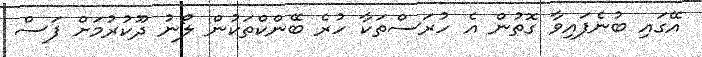
އޭގައި ބުނެފައިވާ ގޮތުން އެ ހުރަސްތަކާ ހުރެ ބޭންކްތަކުން ލޯނު ދޫކުރުމަށް ފަސް